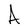
Character: A